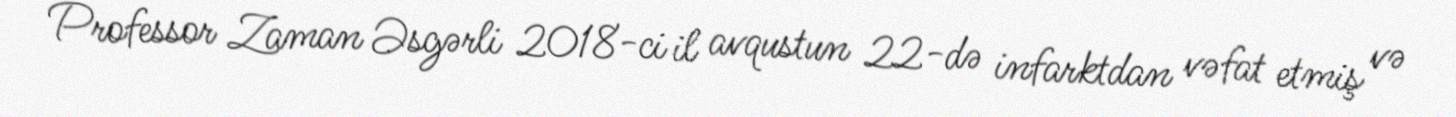
Professor Zaman Əsgərli 2018-ci il avqustun 22-də infarktdan vəfat etmiş və